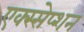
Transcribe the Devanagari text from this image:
एक्स्सेप्शन